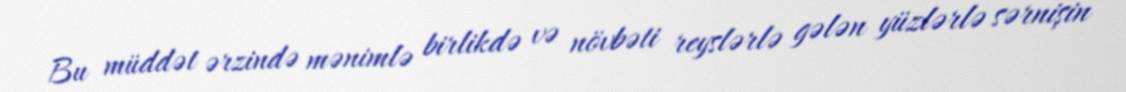
Bu müddət ərzində mənimlə birlikdə və növbəti reyslərlə gələn yüzlərlə sərnişin